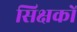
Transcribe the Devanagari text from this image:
सिक्षकों